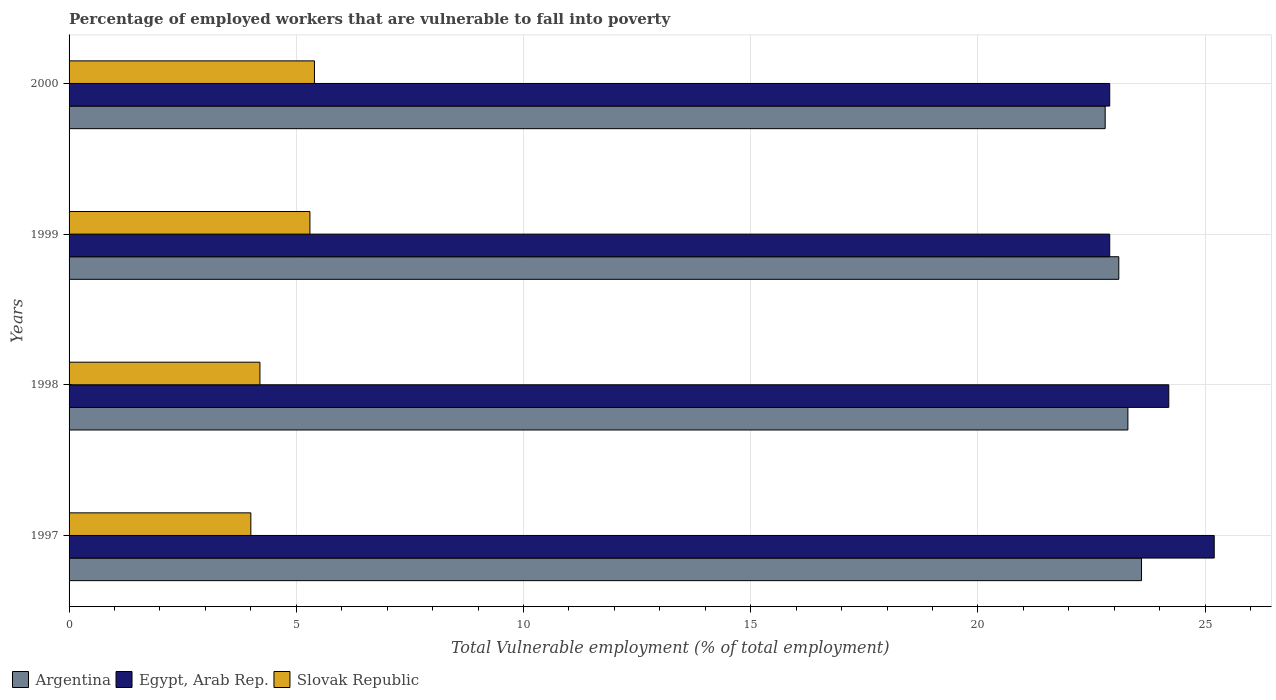
| Years | Argentina | Egypt, Arab Rep. | Slovak Republic |
 | --- | --- | --- | --- |
 | 1997 | 23.6 | 25.2 | 4 |
 | 1998 | 23.3 | 24.2 | 4.2 |
 | 1999 | 23.1 | 22.9 | 5.3 |
 | 2000 | 22.8 | 22.9 | 5.4 |